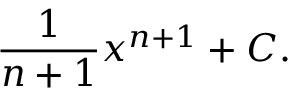
{ \frac { 1 } { n + 1 } } x ^ { n + 1 } + C .